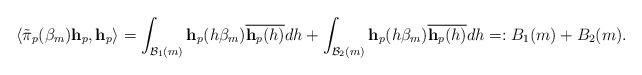
LaTeX: \begin{align*} \langle \tilde{\pi}_p(\beta_m)\mathbf h_p, \mathbf h_p\rangle = \int_{\mathcal B_1(m)} \mathbf h_p(h\beta_m)\overline{\mathbf h_p(h)} dh + \int_{\mathcal B_2(m)} \mathbf h_p(h\beta_m)\overline{\mathbf h_p(h)} dh =: B_1(m) + B_2(m).\end{align*}